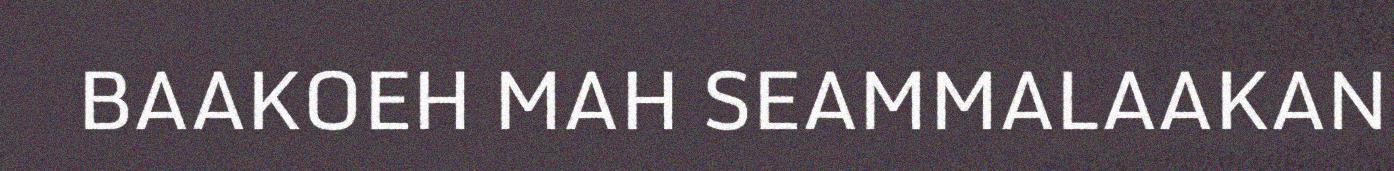
BAAKOEH MAH SEAMMALAAKAN